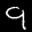
Label: 9